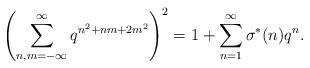
LaTeX: \begin{align*}\left(\sum^{\infty}_{n,m=-\infty}q^{n^2+nm+2m^2}\right)^2=1+\sum^{\infty}_{n=1}\sigma^{*}(n)q^n.\end{align*}